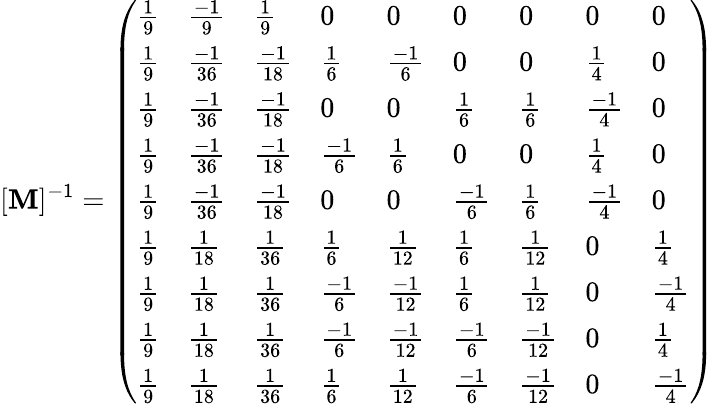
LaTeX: [\mathbf{M}]^{-1}=\left(\begin{array}{lllllllll}{\frac{1}{9}}&{\frac{-1}{9}}&{\frac{1}{9}}&{0}&{0}&{0}&{0}&{0}&{0}\\ {\frac{1}{9}}&{\frac{-1}{36}}&{\frac{-1}{18}}&{\frac{1}{6}}&{\frac{-1}{6}}&{0}&{0}&{\frac{1}{4}}&{0}\\ {\frac{1}{9}}&{\frac{-1}{36}}&{\frac{-1}{18}}&{0}&{0}&{\frac{1}{6}}&{\frac{1}{6}}&{\frac{-1}{4}}&{0}\\ {\frac{1}{9}}&{\frac{-1}{36}}&{\frac{-1}{18}}&{\frac{-1}{6}}&{\frac{1}{6}}&{0}&{0}&{\frac{1}{4}}&{0}\\ {\frac{1}{9}}&{\frac{-1}{36}}&{\frac{-1}{18}}&{0}&{0}&{\frac{-1}{6}}&{\frac{1}{6}}&{\frac{-1}{4}}&{0}\\ {\frac{1}{9}}&{\frac{1}{18}}&{\frac{1}{36}}&{\frac{1}{6}}&{\frac{1}{12}}&{\frac{1}{6}}&{\frac{1}{12}}&{0}&{\frac{1}{4}}\\ {\frac{1}{9}}&{\frac{1}{18}}&{\frac{1}{36}}&{\frac{-1}{6}}&{\frac{-1}{12}}&{\frac{1}{6}}&{\frac{1}{12}}&{0}&{\frac{-1}{4}}\\ {\frac{1}{9}}&{\frac{1}{18}}&{\frac{1}{36}}&{\frac{-1}{6}}&{\frac{-1}{12}}&{\frac{-1}{6}}&{\frac{-1}{12}}&{0}&{\frac{1}{4}}\\ {\frac{1}{9}}&{\frac{1}{18}}&{\frac{1}{36}}&{\frac{1}{6}}&{\frac{1}{12}}&{\frac{-1}{6}}&{\frac{-1}{12}}&{0}&{\frac{-1}{4}}\end{array}\right)